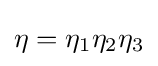
\eta =\eta _{1}\eta _{2}\eta _{3}